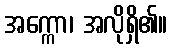
အက္ကော၊ အလိုရှိ၏။